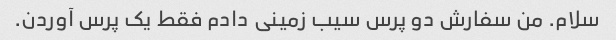
سلام. من سفارش دو پرس سیب زمینی دادم فقط یک پرس آوردن.